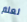
لعلم